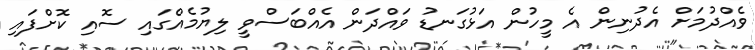
ވެއްދުމަށް އެދުނިން އެ މީހުން އަޅުގަނޑު ވައްދަން އެއްބަސްވީ ލިޔުމެއްގައި ސޮއި ކޮށްފައި